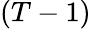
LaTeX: (T-1)